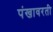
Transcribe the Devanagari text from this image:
पंखावरती